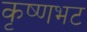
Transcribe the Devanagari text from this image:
कृष्णभट